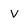
Character: v